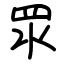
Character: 眔